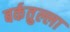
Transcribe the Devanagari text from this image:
बर्कतुल्ला